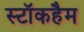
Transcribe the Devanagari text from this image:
स्टॉकहैम